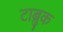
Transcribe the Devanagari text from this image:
टाब्रुक